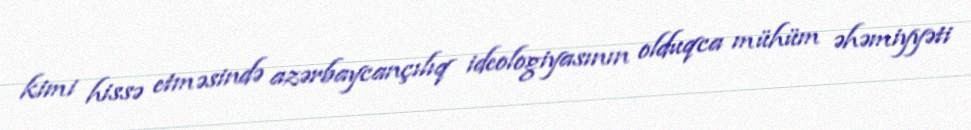
kimi hissə etməsində azərbaycançılıq ideologiyasının olduqca mühüm əhəmiyyəti